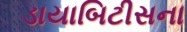
ડાયાબિટીસના